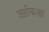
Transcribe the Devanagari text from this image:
शाहीबाजार